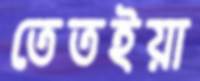
তেতইয়া